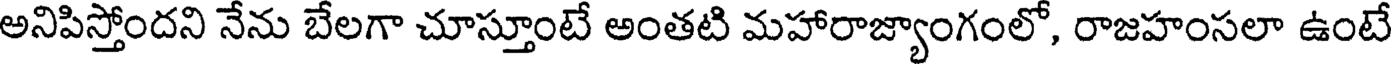
అనిపిస్తోందని నేను బేలగా చూస్తూంటే అంతటి మహారాజ్యాంగంలో, రాజహంసలా ఉంటే